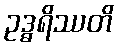
ဥဒ္ဓရိဿတိ